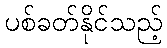
ပစ်ခတ်နိုင်သည့်